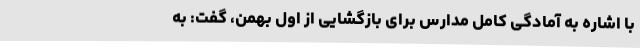
با اشاره به آمادگی کامل مدارس برای بازگشایی از اول بهمن، گفت: به